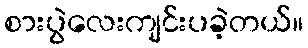
စားပွဲလေးကျင်းပခဲ့တယ်။